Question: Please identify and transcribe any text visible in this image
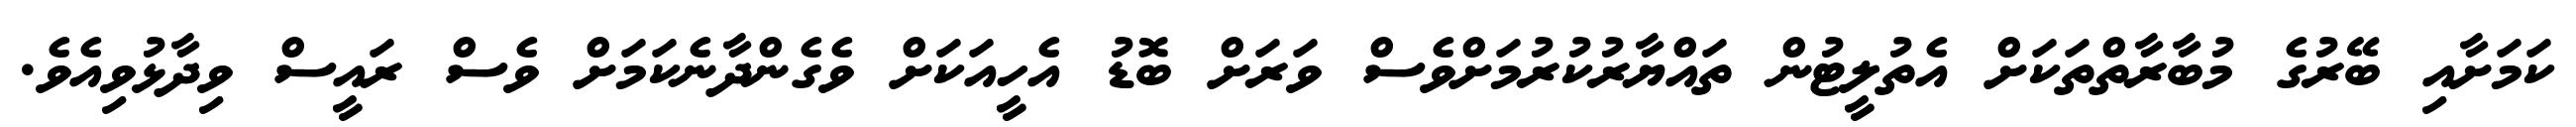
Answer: ކަމަށާއި ބޭރުގެ މުބާރާތްތަކަށް އެތުލީޓުން ތައްޔާރުކުރުމަށްވެސް ވަރަށް ބޮޑު އެހީއަކަށް ވެގެންދާނެކަމަށް ވެސް ރައީސް ވިދާޅުވިއެވެ.